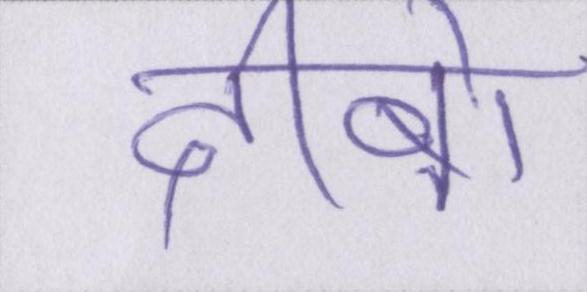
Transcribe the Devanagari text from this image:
दीबो